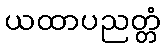
ယထာပညတ္တံ